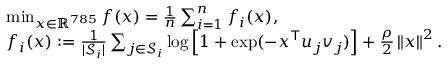
\begin{array} { r l } & { \operatorname* { m i n } _ { x \in \mathbb { R } ^ { 7 8 5 } } f ( x ) = \frac { 1 } { n } \sum _ { i = 1 } ^ { n } f _ { i } ( x ) , } \\ & { f _ { i } ( x ) : = \frac { 1 } { | \mathcal { S } _ { i } | } \sum _ { j \in \mathcal { S } _ { i } } \log \left[ 1 + \exp ( - x ^ { \intercal } u _ { j } v _ { j } ) \right] + \frac { \rho } { 2 } \left\Vert x \right\Vert ^ { 2 } . } \end{array}